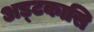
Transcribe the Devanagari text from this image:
अड्टकासि